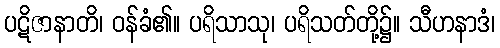
ပဋိဇာနာတိ၊ ဝန်ခံ၏။ ပရိသာသု၊ ပရိသတ်တို့၌။ သီဟနာဒံ၊